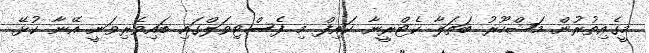
މީގެއިތުރުން މަޝްހޫރު ބަތަލާ ކެޓްރީނާ ކައިފް މި ފެސްޓިވަލްގައި ބައިވެރިވަނީ އޭނާ ކުޅޭ